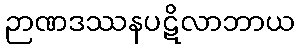
ဉာဏဒဿနပဋိလာဘာယ